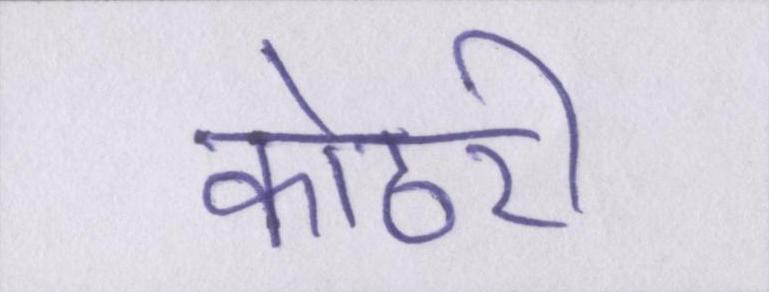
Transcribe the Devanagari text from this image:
कोठरी